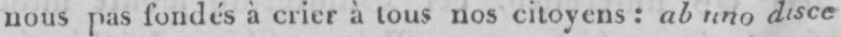
disce